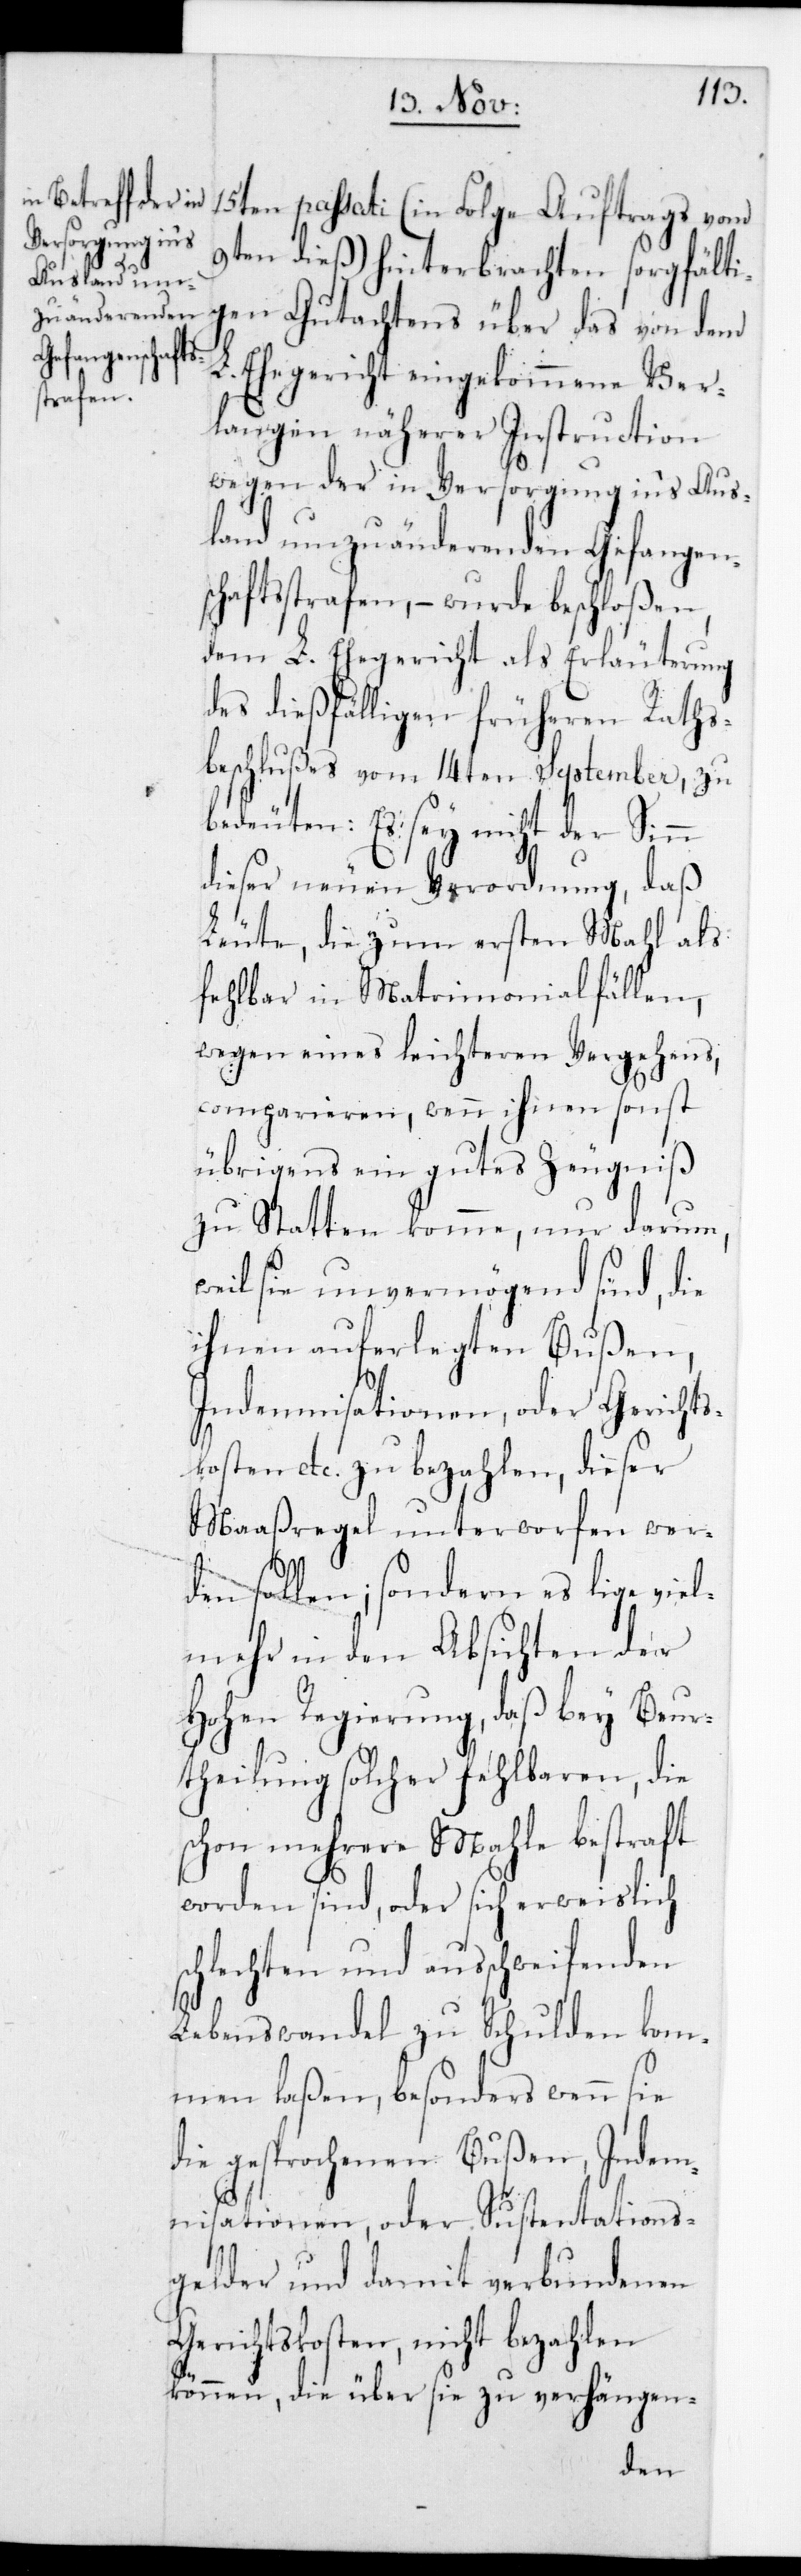
15ten passati (in Folge Auftrags vom
9ten dieß) hinterbrachten sorgfälti¬
gen Gutachtens über das von dem
L. Ehegericht eingekommene Ver¬
langen näherer Instruction
wegen der in Versorgung in‘s Aus¬
land umzuänderenden Gefangen¬
schaftsstrafen, – wurde beschloßen,
dem L. Ehegericht als Erläuterung
des dießfälligen früheren Raths¬
beschlußes vom 14ten September, zu
bedeuten: Es sey nicht der Sinn
dieser neuen Verordnung, daß
Leute, die zum ersten Mal als
fehlbar in Matrimonialfällen,
wegen eines leichteren Vergehens,
comparieren, wenn ihnen sonst
übrigens ein gutes Zeugniß
zu Statten komme, nur darum,
weil sie unvermögend sind, die
ihnen auferlegten Bußen,
Indemnisationen, oder Gerichts¬
kosten etc. zu bezahlen, dieser
Maaßregel unterworfen wer¬
den sollen; sondern es liege viel¬
mehr in den Absichten der
Hohen Regierung, daß bey Beur¬
theilung solcher Fehlbaren, die
schon mehrere Male bestraft
worden sind, oder sich erweislich
schlechten und ausschweifenden
Lebenswandel zu Schulden kom¬
men laßen, besonders wenn sie
die gesprochenen Bußen, Indem¬
nisationen, oder Sustentations¬
gelder und damit verbundenen
Gerichtskosten nicht bezahlen
können, die über sie zu verhängen-